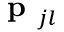
\textbf { p } _ { j l }